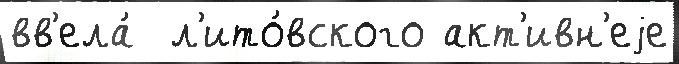
вв'ела́  л'ито́вского акт'ивн'еjе